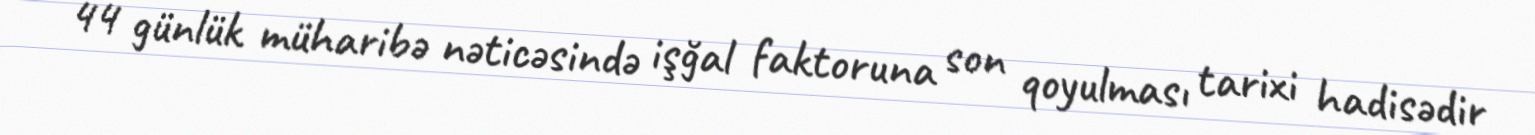
44 günlük müharibə nəticəsində işğal faktoruna son qoyulması tarixi hadisədir